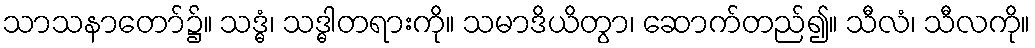
သာသနာတော်၌။ သဒ္ဓံ၊ သဒ္ဓါတရားကို။ သမာဒိယိတွာ၊ ဆောက်တည်၍။ သီလံ၊ သီလကို။